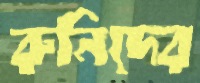
রুনিদের